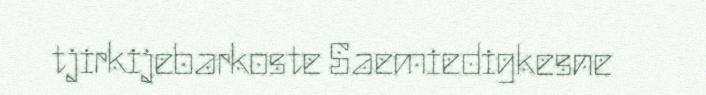
tjirkijebarkoste Saemiedigkesne